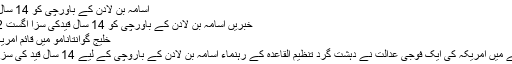
اُسامہ بن لادن کے باورچی کو 14 سال قیدکی سزا
خبریں اُسامہ بن لادن کے باورچی کو 14 سال قیدکی سزا اگست 12, 2010
خلیج گوانتانامو میں قائم امریکی قید خانہ
گوانتاناموبے میں امریکہ کی ایک فوجی عدالت نے دہشت گرد تنظیم القاعدہ کے رہنماء اسامہ بن لادن کے باروچی کے لیے 14 سال قید کی سزا سنائی ہے۔